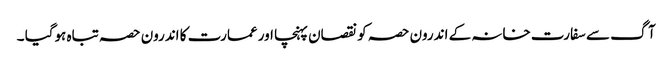
آگ سے سفارت خانہ کے اندرون حصہ کو نقصان پہنچا اور عمارت کا اندرون حصہ تباہ ہوگیا ۔